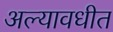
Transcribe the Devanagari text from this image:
अल्यावधीत